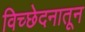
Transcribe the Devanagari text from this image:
विच्छेदनातून